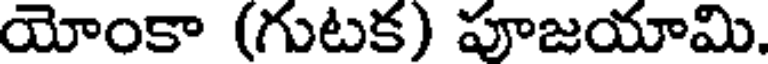
యోంకా (గుటక) పూజయామి.